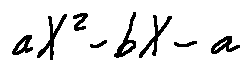
a X ^ { 2 } - b X - a